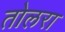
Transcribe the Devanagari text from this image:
तोलरा